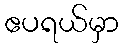
ဧပရယ်မှာ